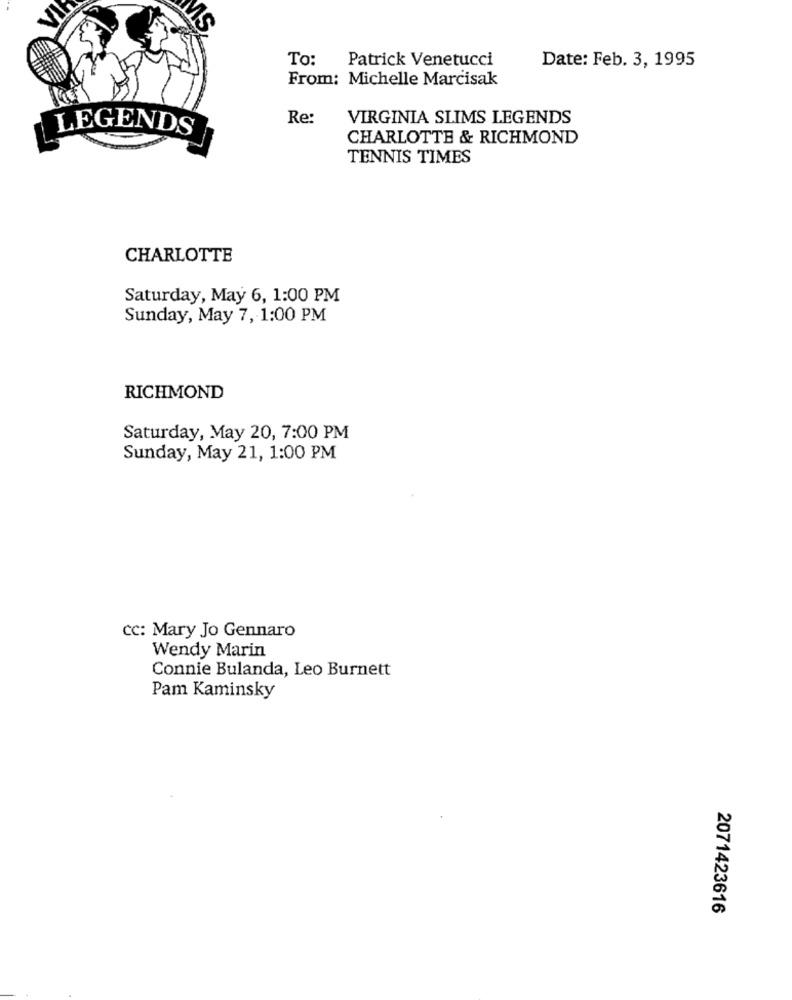
To:
Patrick Venetucci
Date: Feb. 3, 1995
From: Michelle Marcisak
Re:
VIRGINIA SLIMS LEGENDS
LEGENDS
CHARLOTTE & RICHMOND
TENNIS TIMES
CHARLOTTE
Saturday, May 6, 1:00 PM
Sunday, May 7, 1:00 PM
RICHMOND
Saturday, May 20, 7:00 PM
Sunday, May 21, 1:00 PM
CC: Mary Jo Gennaro
Wendy Marin
Connie Bulanda, Leo Burnett
Pam Kaminsky
2071423616